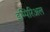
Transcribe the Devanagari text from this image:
इम्पिरिअल